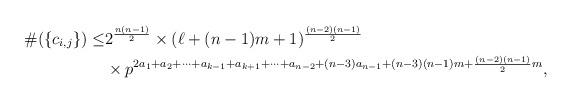
LaTeX: \begin{align*}\begin{aligned}\#(\{c_{i,j}\}) \leq & 2^{\frac{n(n-1)}{2}} \times (\ell+(n-1)m+1)^{\frac{(n-2)(n-1)}{2}} \\& \times p^{ 2a_1+a_2+\cdots+a_{k-1}+a_{k+1}+\cdots+a_{n-2}+(n-3)a_{n-1}+(n-3)(n-1)m+\frac{(n-2)(n-1)}{2}m},\end{aligned}\end{align*}